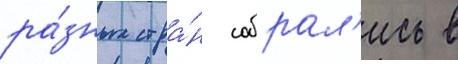
ра́зных стра́н собрал'ись в